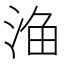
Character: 𱦦